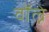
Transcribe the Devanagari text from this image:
वॉल्ने